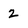
Character: 2